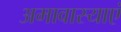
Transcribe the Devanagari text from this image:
अमावास्याएं